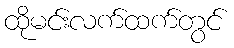
ထိုမင်းလက်ထက်တွင်